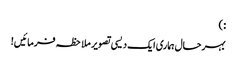
: )
بہرحال ہماری ایک دیسی تصویر ملاحظہ فرمائیں!